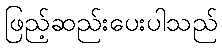
ဖြည့်ဆည်းပေးပါသည်